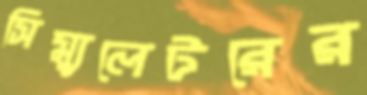
সিম্যুলেটরের